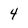
Character: 4